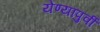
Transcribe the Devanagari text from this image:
येण्यापुर्वी